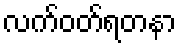
လက်ဝတ်ရတနာ